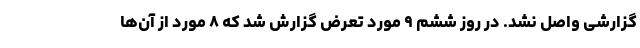
گزارشی واصل نشد. در روز ششم ۹ مورد تعرض گزارش شد که ۸ مورد از آن‌ها